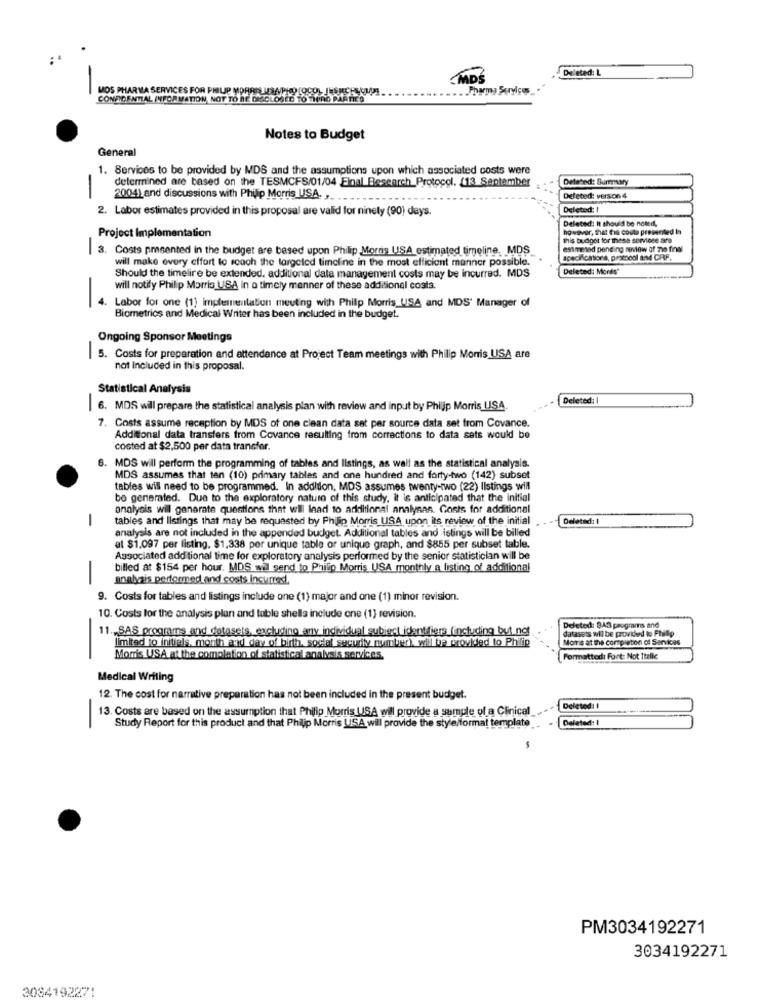
Deleted: L
MDŚ
-
MOS PHARMA SERVICES FOR PHILIP MORRELUSAPHO [OCOLIESRECHYOU!
. Pharmy Services
CONFIDENTIAL INFORMATION, NOT TO BE DISCLOSED TO TURO PARTIES
Notes to Budget
General
1. Services to be provided by MDS and the assumptions upon which associated costs were
determined are based on the TESMCFS/01/04 Einal Besearch_Protocol. [13 September
Deleted: Burmaary
2004) and discussions with Philip Morris USA. ...
Defeted: verson 4
2. Labor estimates provided in this proposal are valid for ninety (90) days.
Deleted: 1
Deleted: It should be noted,
Project Implementation
this budget for these serviese are
3. Costs pmsented in the budget are based upon Philip Morris USA estimated timeline, MDS
estimated pending review of mio fral
will make every effort to reach the targeted timeline in the most efficient manner possible.
Deleted: Morts"
Should the timelire be extended. additional data management costs may be incurred. MDS
will notify Philip Morris USA in o timely manner of these additional costs.
4. Labor for one (1) implementation meeting with Philip Morris_USA and MDS' Manager of
-
Biometrics and Medical Writer has been included in the budget.
Ongoing Sponsor Meetings
5. Costs for preparation and attendance at Project Team meetings with Philip Morris USA are
-
not Included in this proposal.
Statistical Analysis
Deleted:
-
6. MDS will prepare the statistical analysis plan with review and input by Philip Morris USA.
7. Costs assume reception by MDS of one clean data set per source data set from Covance.
Additional data transfers from Covance resulting from corrections to data sets would be
costed at $2,500 per data transfer.
MDS will perform the programming of tables and listings, as well as the statistical analysis.
MDS assumes that ten (10) primary tables and one hundred and forty-two (142) subset
tables will need to be programmed. In addition, MDS assumes twenty-two (22) listings will
be generated. Due to the exploratory nature of this study, it is anticipated that the initial
analysis will generate questions that wil lead to ariditional analysas. Costs for additional
-
tables and listings that may be requested by Philip Morris USA upon its review of the initial
Deleted: 1
analysis are not included in the appended budget. Additional tables and istings will be billed
at $1.097 per fisting, $1,338 per unique table or unique graph, and $855 per subset table.
Associated additional time for exploratory analysis performed by the senior statistician will be
billed at $154 per hour. MDS wil send to Philip Morris USA monthly a listing of additional
analyzis performed and costs incurred,
9. Costs for tables and listings include one (1) major and one (1) minor revision.
10. Costs for the analysis plan and table shells include one (1) revision.
11 ., SAS programs and datasets, excluding any individual subiect identifiers (including but not
datasets will be provided to Phillip
Deleted: 843 programs and
limited to initials. month and day of birth, social security number). will be provided to Philip
Moris at the completion of Services
Mom's USA at the completion of statistical analysis services.
Formatted: Fort: Not Italic
Medical Writing
12. The cost for narrative preparation has not been included in the present budget.
13. Costs are based on the assumption that Philip Morris USA will provide a sample of a Clinical
Deleted: I
Deleted: 1
-
Study Report for this product and that Philip Morris USA will provide the style/format template
PM3034192271
3034192271
3084192271